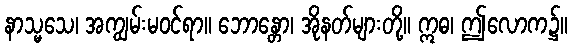
နာသ္မသေ၊ အကျွမ်းမဝင်ရာ။ ဘောန္တော၊ အိုနတ်များတို့။ ဣဓ၊ ဤလောက၌။